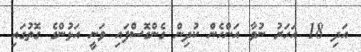
އަދި 18 އަހަރު ނުވާ އަންހެން ކުދިން ގެންގޮސްފައި ވަނީ އަޅުންގެ ގޮތުގައި